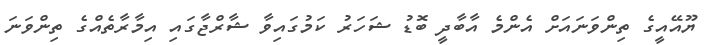
ޔޫއޭއީގެ ތިންވަނައަށް އެންމެ އާބާދީ ބޮޑު ޝަހަރު ކަމުގައިވާ ޝާރްޖާގައި އިމާރާތެއްގެ ތިންވަނަ